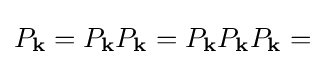
P_{\mathbf {k} }=P_{\mathbf {k} }P_{\mathbf {k} }=P_{\mathbf {k} }P_{\mathbf {k} }P_{\mathbf {k} }=